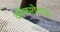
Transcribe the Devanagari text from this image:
कोकशेताऊ